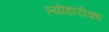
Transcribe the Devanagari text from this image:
त्योहारोंका